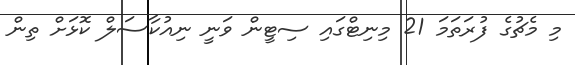
މި މެޗުގެ ފުރަތަމަ 21 މިނިޓްގައި ސިޓީން ވަނީ ނިއުކާސަލް ކޮޅަށް ތިން